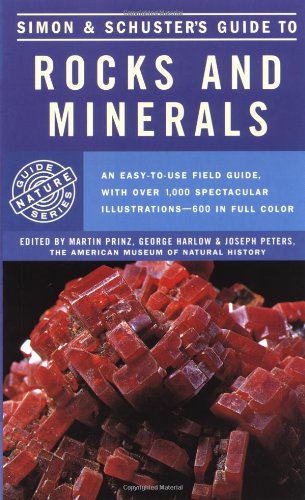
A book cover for Simon & Schuster's Guide to Rocks & Minerals; Science & Math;